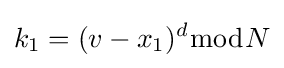
k_{1}=(v-x_{1})^{d}{\bmod {N}}